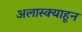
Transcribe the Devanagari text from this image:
अलास्क्याहून